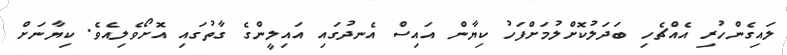
ލައިގެންހުރި އެއްޗެހި ބަދަލުކޮށްލުމަށްފަހު ކިޔާން އައިސް އެނދުގައި އައިލީންގެ ގާތުގައި އޮށޯވެލިއެވެ. ކިޔާނަށް